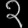
Digit: ၃